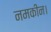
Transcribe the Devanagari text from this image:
नमकीन।